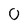
Character: 0